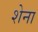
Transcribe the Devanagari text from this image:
शेना